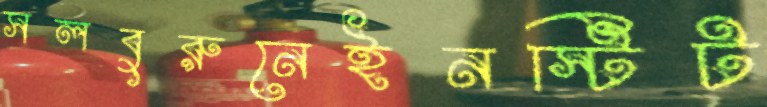
সলবুরুনেইনস্টিট